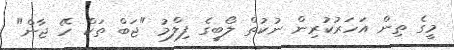
މީގެ ތިން އަހަރުކުރިން ނުކުތް ލޯބީގެ ފިލްމު "ޖަބް ތަކް ހޭ ޖާން"